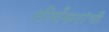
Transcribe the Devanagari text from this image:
तीर्थंकरांची